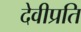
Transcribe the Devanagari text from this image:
देवीप्रति